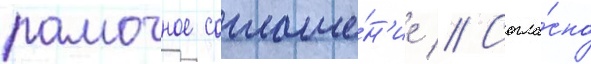
рамочное соглаше́н'ие // Согла́сно